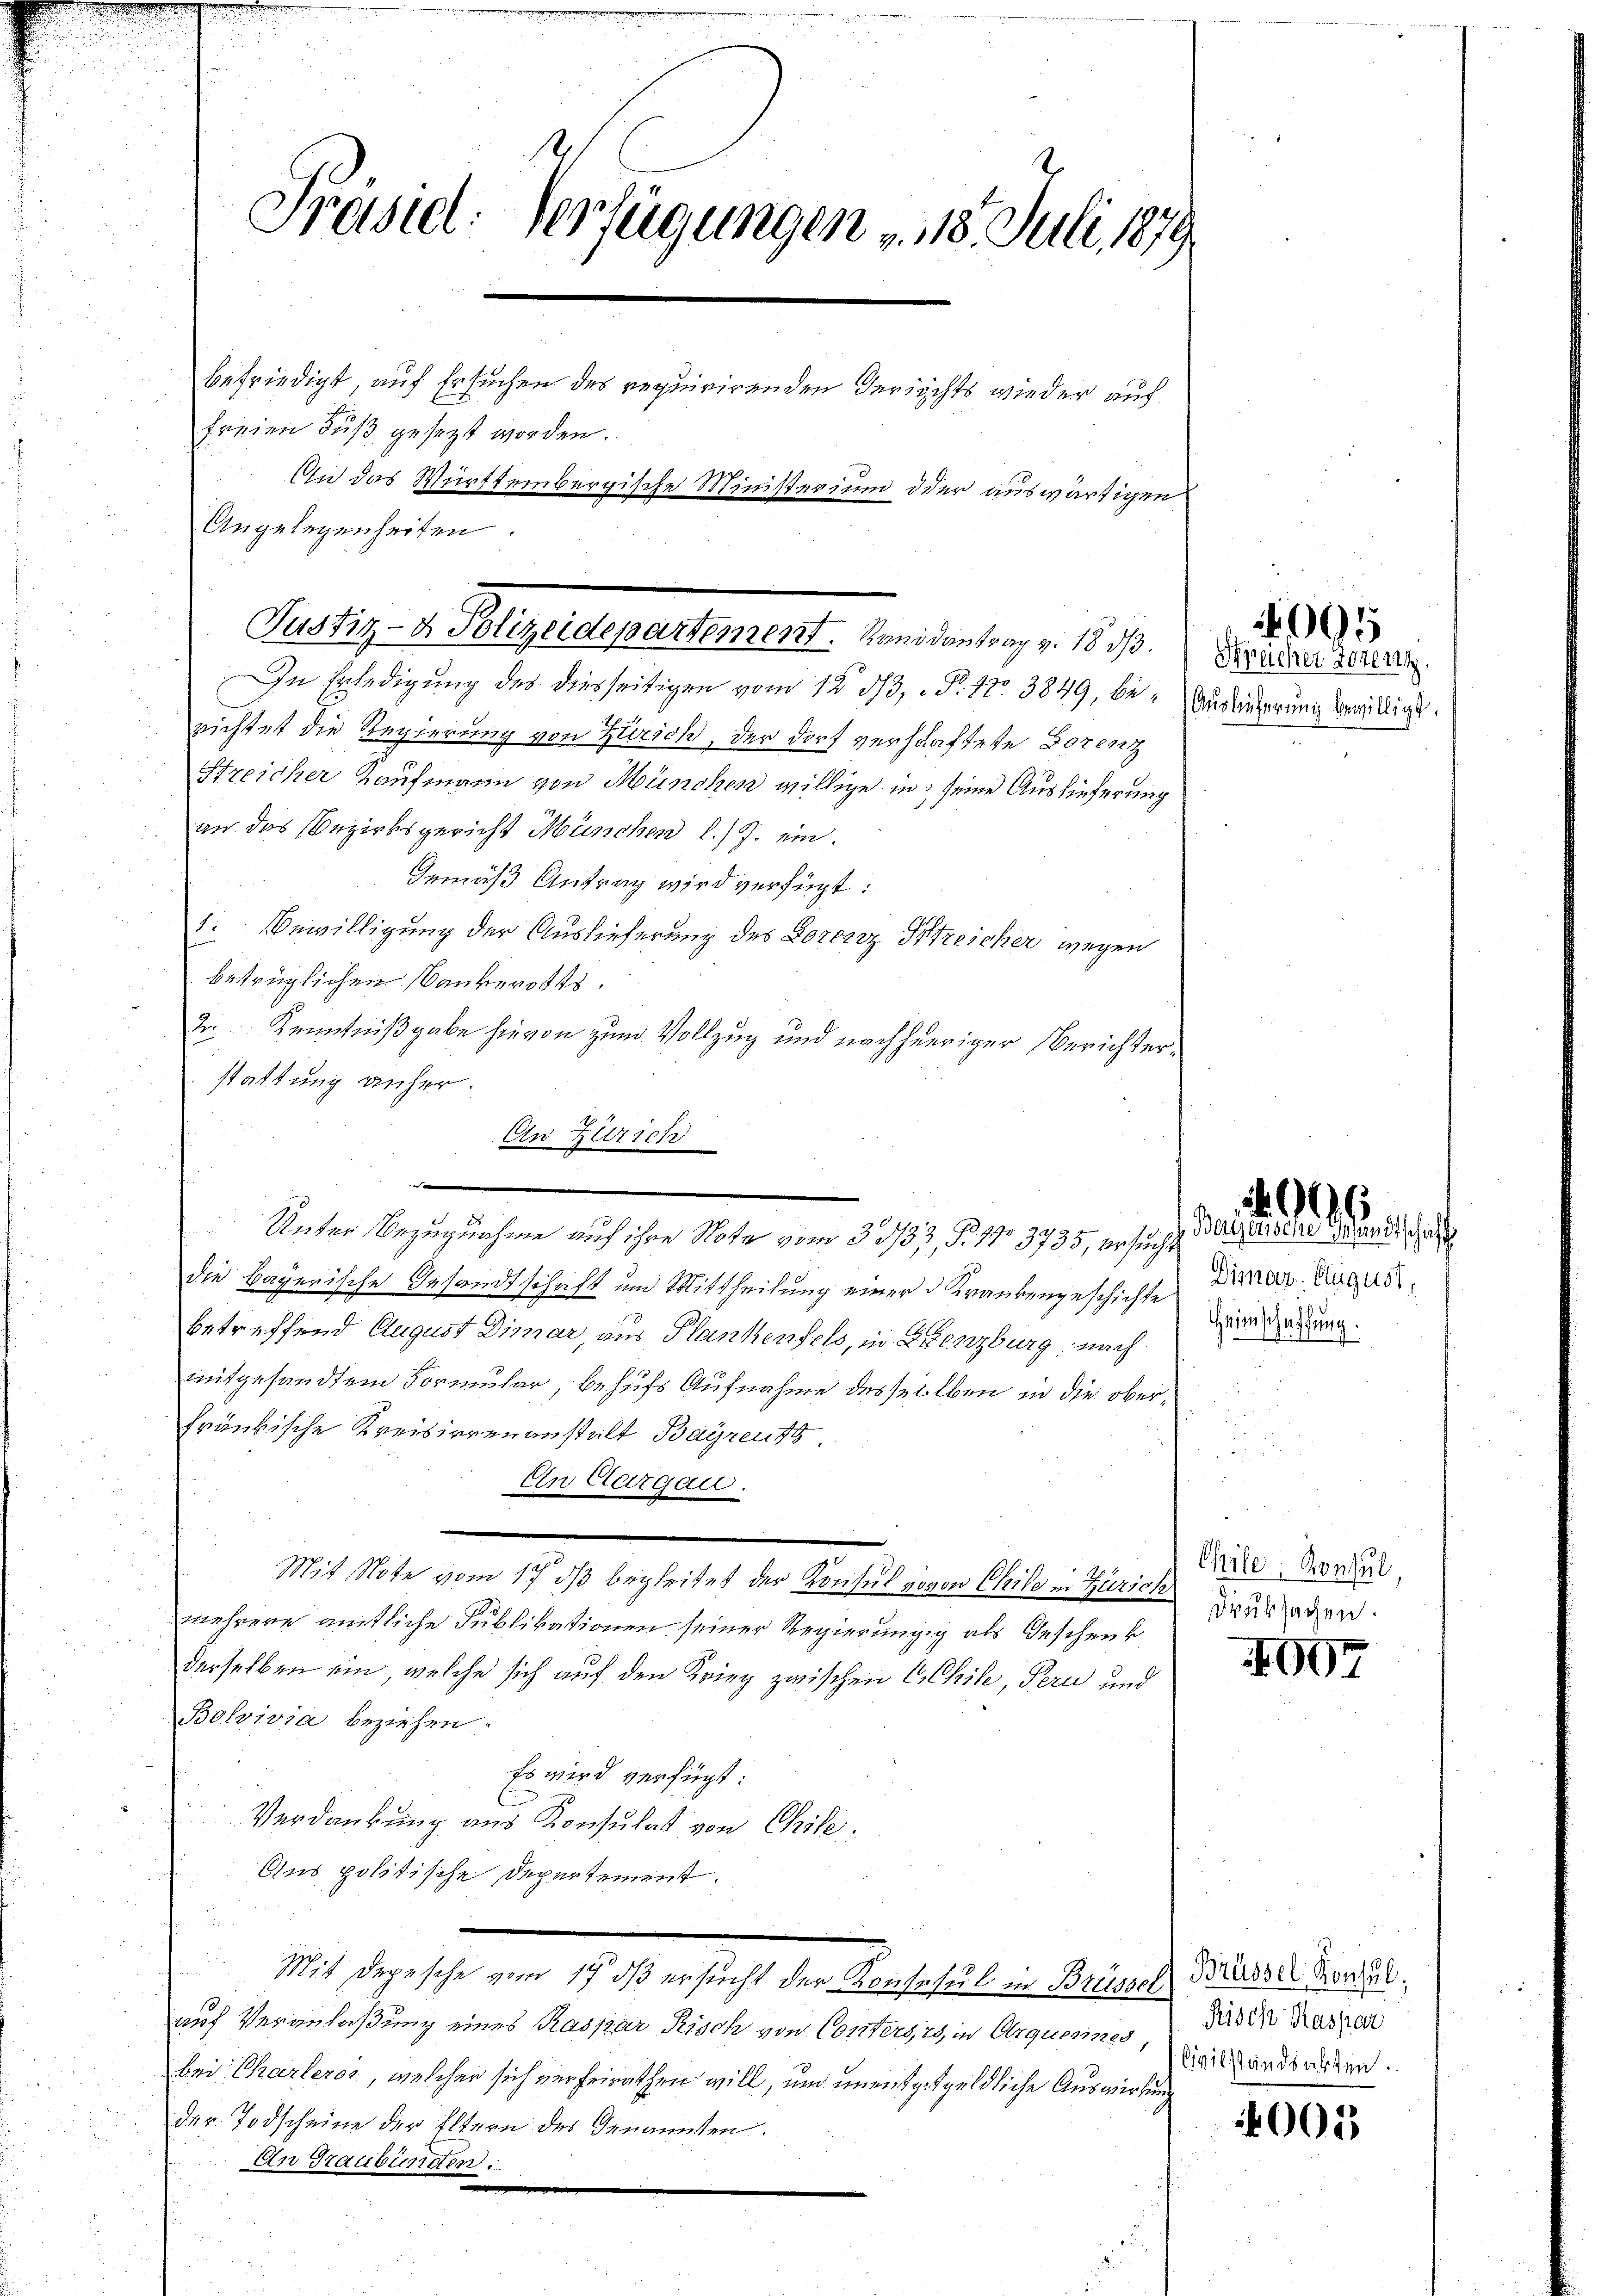
Präsid: Verfügungen v. 18. Juli 1879
befriedigt, auf Ersuchen des requirirenden Terrichts wieder auf
freien Fuß gesezt worden.
An das Württembergische Ministerium der auswärtigen
Angelegenheiten.

Justiz- u. Belegendepartement. Man den trag v. 18. 70.

In Erledigung des diesseitigen vom 12 1/3, P. 12. 3849, be- Würdigerung bewilligt.
richtet die Regierung von Zürich, der Dorf vershaftete Dorenz
Streicher Kaufmann von München willige in seine Auslieferung
an das Bezirksgericht München l. J. ein.
Gemäß Antrag wird verfügt:
1. Bewilligung der Auslieferung des Lorenz Streicher wegen
betrüglichen Bankerotts.
2 Kenntnißgabe hievon zum Vollzug und nach hieriger Berichterstattung anher.
.
die bayerische Gesandtschaft und Mittheilung einer Krankengeschichte
betreffend August Dirnar, aus Plankenfels, in Grenzburg nach
mitgesandtem Formular, behufs Aufnahme desselben in die oberfränkische Kreisirrenanstalt Bayreutg
En Aargau.
Mit Note vom 17. ds begleitet der Konsul gegen Chile in Zürich
mehrere amtliche Publikationen seiner Regierungg als Geschenk
derselben ein, welche sich auf den Krieg zwischen CChile, Peru und
Bolvivia beziehen.
Es wird verfügt:
Verdankung aus Konsulat von Chile,
Aus politische Departement.
Mit degesehe von Schaften sicht der Beachtheilte in Beteilich die er diesen,
auf Veranlaßung eines Kaspar Risch von Conters es in Olrquesner das in Kassen
bei Charleros, welcher sich verheirathen will, und unentgelgeldliche Auswirkung
der Todscheine der Eltern des Genannten.

An Zürich

Unter Bezugnahme auf ihre Note vom 30/33, § 103735, ersucht

6
Bayerische Gesandtschaff
Dimar. August,
Heimschaffung.

Sprucher Totenz

Chile, Konsul,
druksachen.

Civilstandsarten.

.

1007

095

005